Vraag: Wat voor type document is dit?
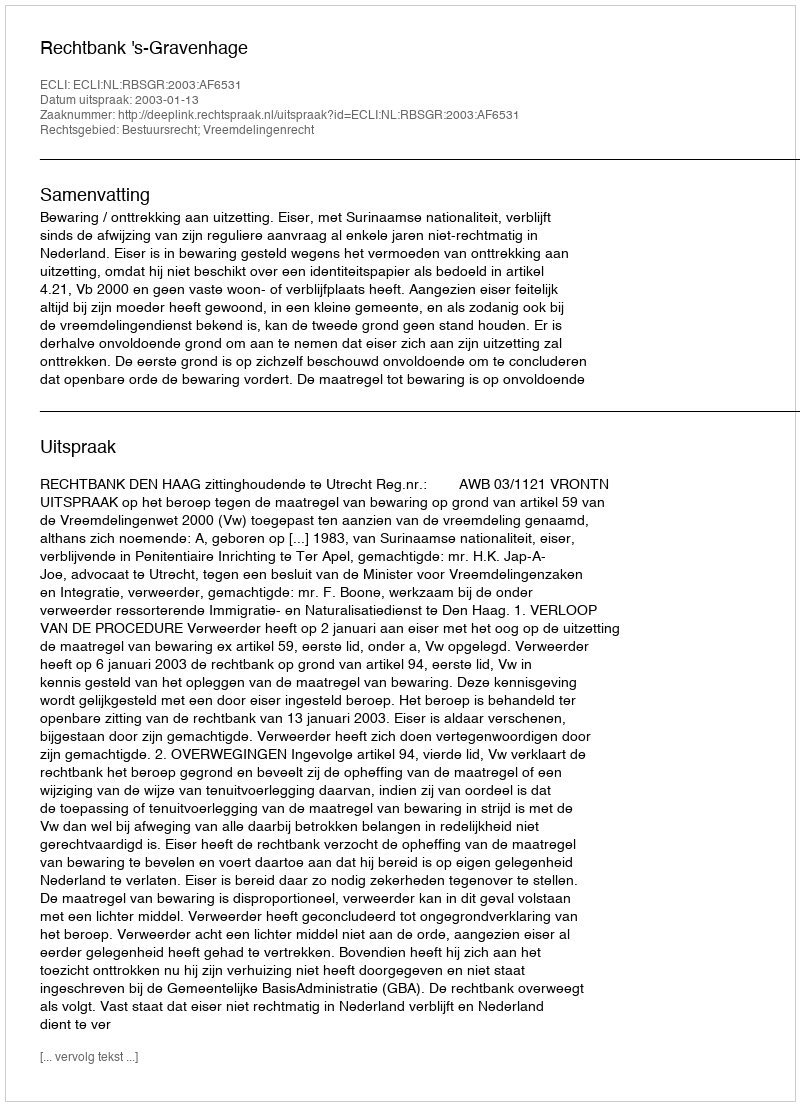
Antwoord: Uitspraak